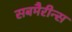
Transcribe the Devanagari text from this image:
सबमैरीन्स